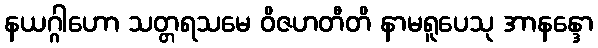
နယဂ္ဂါဟော သတ္တရသမေ ဝိဇဟတီတိ နာမရူပေသု အာနန္ဒော